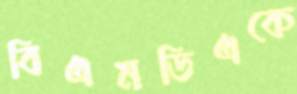
বিএমডিএকে